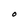
Character: O